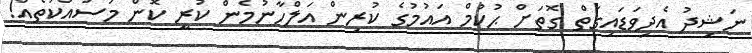
ނަޝިދު އެދިވަޑައިގަތް ގޮތަށް ޙުކުމް އައުމުގެ ކުރިން އަލްހާނުމެން ކުރީ ކޮން މަސައްކަތެއް!